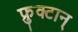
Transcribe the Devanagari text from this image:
फ्रुक्टान्